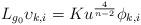
LaTeX: \begin{align*}L_{g_{0}}\upsilon_{k,i}=Ku^{\frac{4}{n-2}}\phi_{k,i} \end{align*}